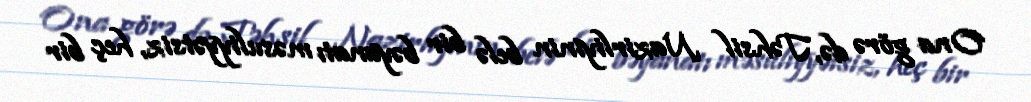
Ona görə də, Təhsil Nazirliyinin belə bir bəyanatı məsuliyyətsiz, heç bir